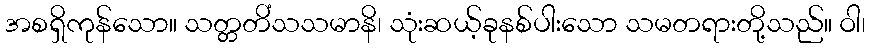
အစရှိကုန်သော။ သတ္တတိံသသမာနိ၊ သုံးဆယ့်ခုနစ်ပါးသော သမတရားတို့သည်။ ဝါ၊